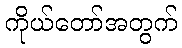
ကိုယ်တော်အတွက်